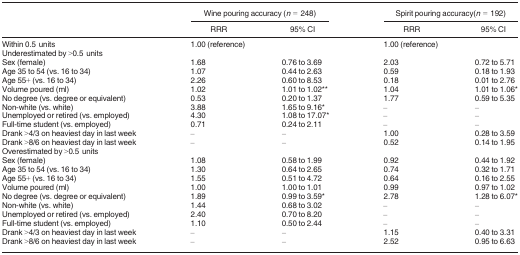
<table><thead><tr><td></td><td colspan="2"><b>Wine pouring accuracy (<i>n</i> = 248)</b></td><td colspan="2"><b>Spirit pouring accuracy(<i>n</i> = 192)</b></td></tr><tr><td></td><td><b>RRR</b></td><td><b>95% CI</b></td><td><b>RRR</b></td><td><b>95% CI</b></td></tr></thead><tbody><tr><td>Within 0.5 units</td><td>1.00 (reference)</td><td></td><td>1.00 (reference)</td><td></td></tr><tr><td colspan="5">Underestimated by &gt;0.5 units</td></tr><tr><td>Sex (female)</td><td>1.68</td><td>0.76 to 3.69</td><td>2.03</td><td>0.72 to 5.71</td></tr><tr><td>Age 35 to 54 (vs. 16 to 34)</td><td>1.07</td><td>0.44 to 2.63</td><td>0.59</td><td>0.18 to 1.93</td></tr><tr><td>Age 55+ (vs. 16 to 34)</td><td>2.26</td><td>0.60 to 8.53</td><td>0.18</td><td>0.01 to 2.76</td></tr><tr><td>Volume poured (ml)</td><td>1.02</td><td>1.01 to 1.02**</td><td>1.04</td><td>1.01 to 1.06*</td></tr><tr><td>No degree (vs. degree or equivalent)</td><td>0.53</td><td>0.20 to 1.37</td><td>1.77</td><td>0.59 to 5.35</td></tr><tr><td>Non-white (vs. white)</td><td>3.88</td><td>1.65 to 9.16*</td><td>–</td><td>–</td></tr><tr><td>Unemployed or retired (vs. employed)</td><td>4.30</td><td>1.08 to 17.07*</td><td>–</td><td>–</td></tr><tr><td>Full-time student (vs. employed)</td><td>0.71</td><td>0.24 to 2.11</td><td>–</td><td>–</td></tr><tr><td>Drank &gt;4/3 on heaviest day in last week</td><td>–</td><td>–</td><td>1.00</td><td>0.28 to 3.59</td></tr><tr><td>Drank &gt;8/6 on heaviest day in last week</td><td>–</td><td>–</td><td>0.52</td><td>0.14 to 1.95</td></tr><tr><td colspan="5">Overestimated by &gt;0.5 units</td></tr><tr><td>Sex (female)</td><td>1.08</td><td>0.58 to 1.99</td><td>0.92</td><td>0.44 to 1.92</td></tr><tr><td>Age 35 to 54 (vs. 16 to 34)</td><td>1.30</td><td>0.64 to 2.65</td><td>0.74</td><td>0.32 to 1.71</td></tr><tr><td>Age 55+ (vs. 16 to 34)</td><td>1.55</td><td>0.51 to 4.72</td><td>0.64</td><td>0.16 to 2.55</td></tr><tr><td>Volume poured (ml)</td><td>1.00</td><td>1.00 to 1.01</td><td>0.99</td><td>0.97 to 1.02</td></tr><tr><td>No degree (vs. degree or equivalent)</td><td>1.89</td><td>0.99 to 3.59*</td><td>2.78</td><td>1.28 to 6.07*</td></tr><tr><td>Non-white (vs. white)</td><td>1.44</td><td>0.68 to 3.02</td><td>–</td><td>–</td></tr><tr><td>Unemployed or retired (vs. employed)</td><td>2.40</td><td>0.70 to 8.20</td><td>–</td><td>–</td></tr><tr><td>Full-time student (vs. employed)</td><td>1.10</td><td>0.50 to 2.44</td><td>–</td><td>–</td></tr><tr><td>Drank &gt;4/3 on heaviest day in last week</td><td>–</td><td>–</td><td>1.15</td><td>0.40 to 3.31</td></tr><tr><td>Drank &gt;8/6 on heaviest day in last week</td><td>–</td><td>–</td><td>2.52</td><td>0.95 to 6.63</td></tr></tbody></table>